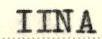
IINA